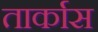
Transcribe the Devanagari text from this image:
तार्कास